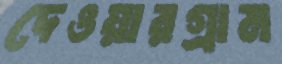
দেওয়ারগ্রাম